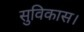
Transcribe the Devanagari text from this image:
सुविकास।